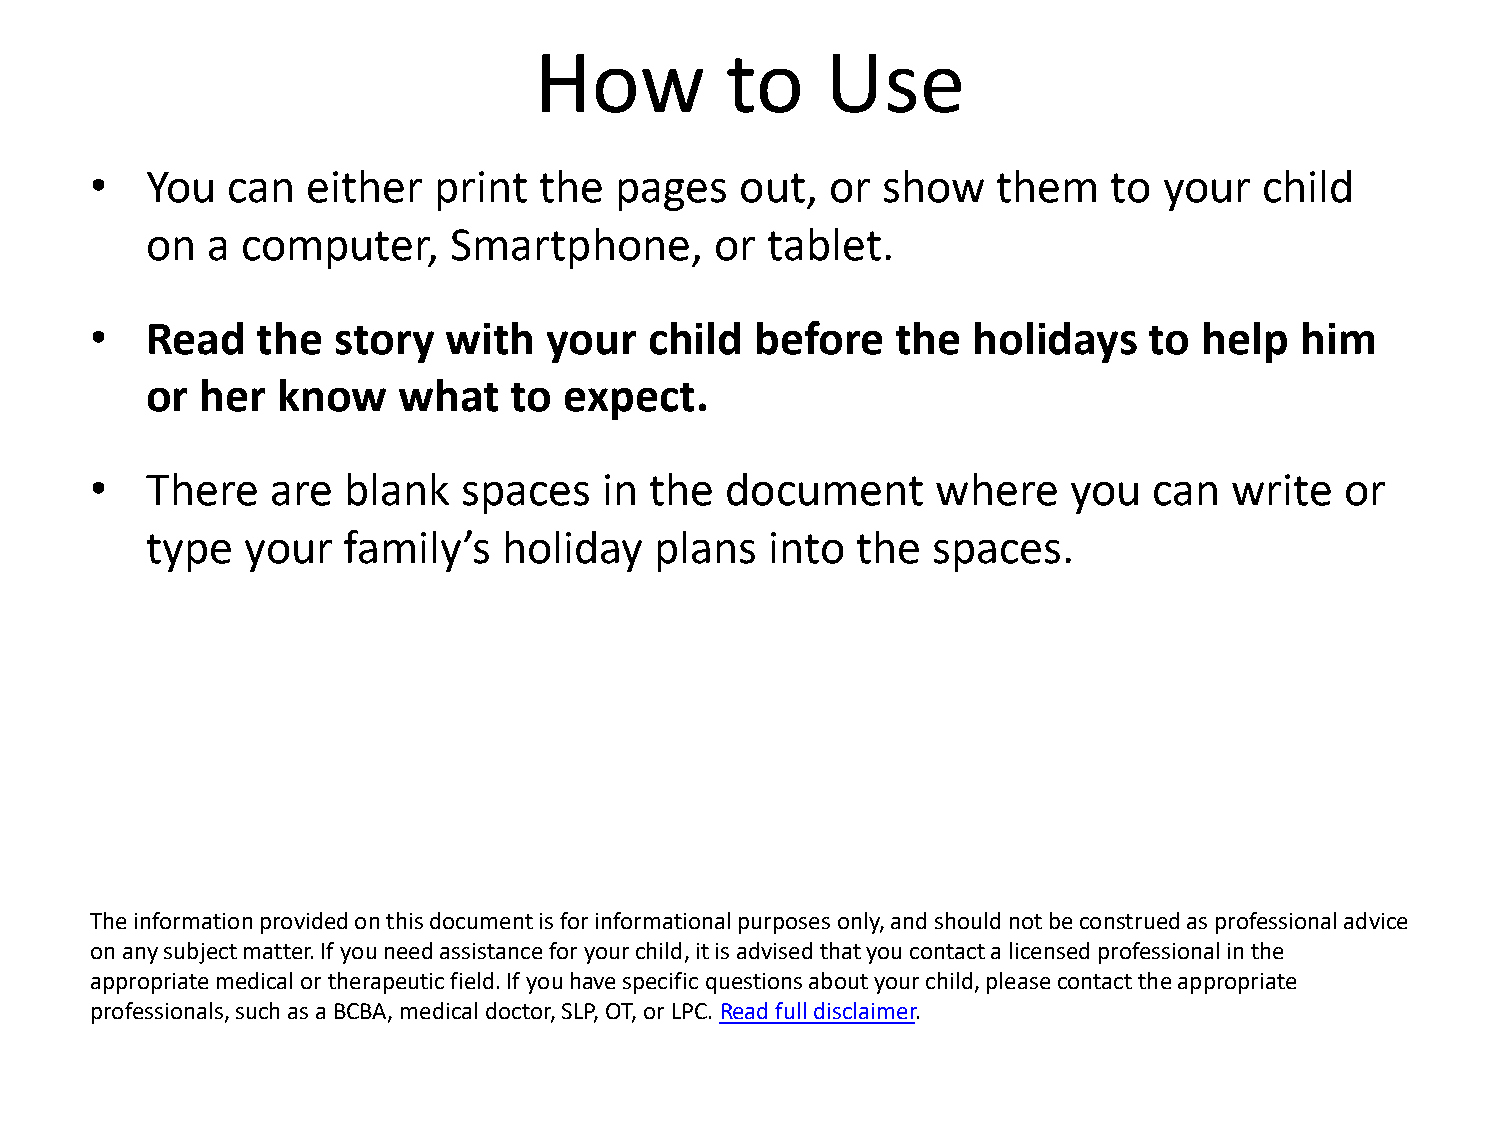
How          to     Use
 •   You  can  either   print  the  pages   out,  or show    them    to your   child
 on  a computer,     Smartphone,      or  tablet.
 •   Read   the  story   with  your   child  before   the  holidays    to  help  him
 or her  know    what    to expect.
 •   There   are  blank   spaces   in the  document      where    you  can   write  or
 type  your   family’s  holiday   plans   into  the  spaces.
 The information provided on this document is for informational purposes only, andshould not be construed as professional advice
 on any subject matter. If you need assistance for your child, it is advised that you contact a licensed professional in the
 appropriate medical or therapeutic field. If you have specific questions about your child, please contact the appropriate
 professionals, such as a BCBA, medical doctor, SLP, OT, or LPC. Read full disclaimer.